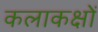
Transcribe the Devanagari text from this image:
कलाकक्षों